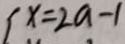
x = 2 a - 1